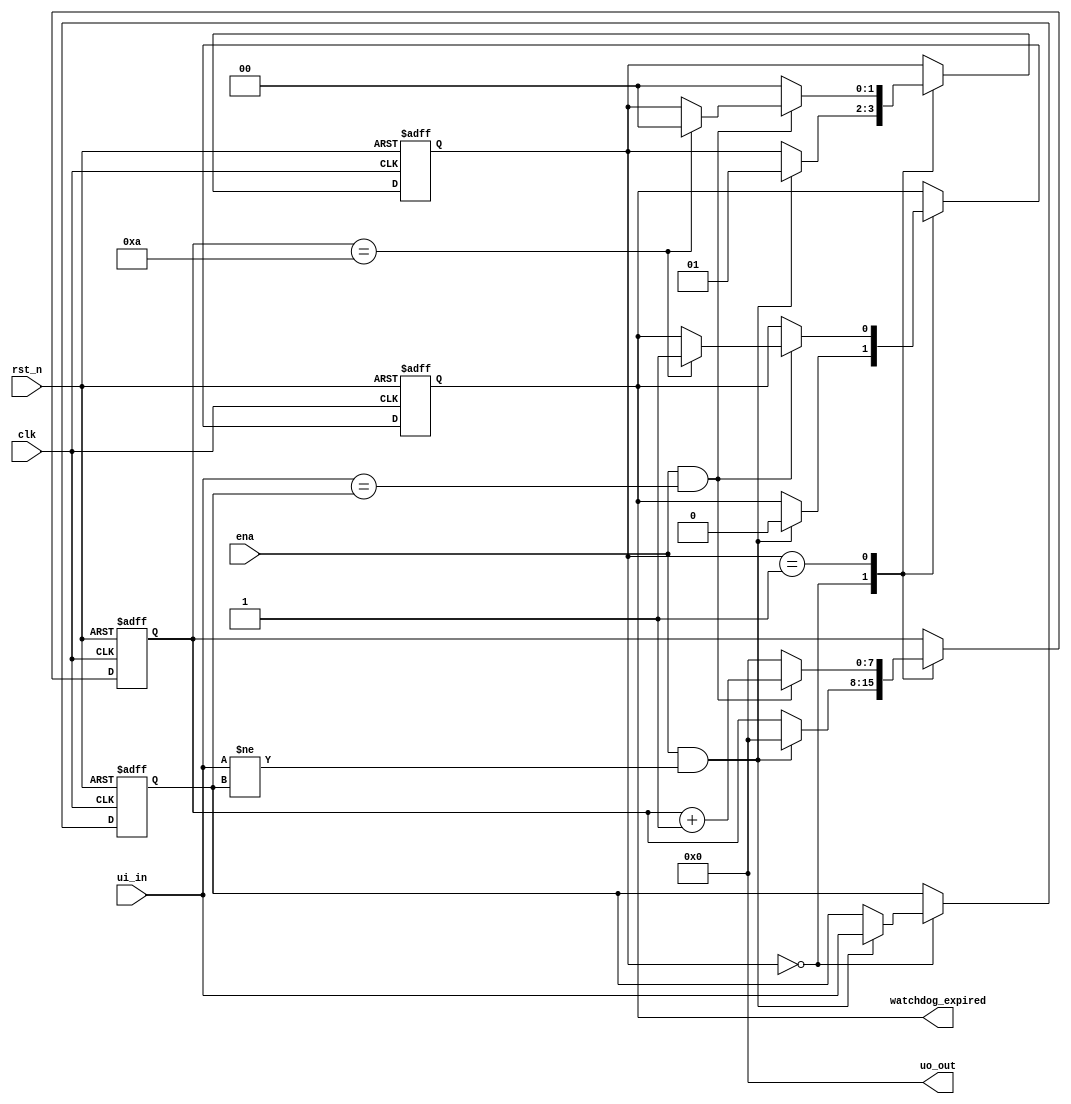
module watchdog (
    input wire clk,          // Clock input
    input wire rst_n,        // Reset input
    input wire [7:0] ui_in,  // Dedicated inputs
    output wire [7:0] uo_out,// Dedicated outputs
    //input wire [7:0] uio_in, // IOs: Input path
    //output wire [7:0] uio_out,// IOs: Output path
    //output wire [7:0] uio_oe,// IOs: Enable path (active high: 0=input, 1=output)
    input wire ena,          // Design enable signal
    output wire watchdog_expired // Watchdog expiration signal
);

// Parameters
parameter TIMEOUT_VALUE = 10; // Timeout value (in clock cycles)

// Internal signals
reg [7:0] ui_in_reg;
reg [7:0] counter;
reg [1:0] state;

// Watchdog states
parameter IDLE = 2'b00;
parameter ACTIVE = 2'b01;

// Watchdog expiration flag
reg expired;

// Watchdog expiration detection logic
always @(posedge clk or negedge rst_n) begin
    if (!rst_n) begin
        counter <= 0;
        state <= IDLE;
        expired <= 0;
        ui_in_reg<=0;
    end else begin
        case (state)
            IDLE: begin
                if (ena && ui_in != ui_in_reg) begin
                    state <= ACTIVE;
                    expired <= 0;
                    counter <= 0;
                    ui_in_reg <= ui_in;
                end
            end
            ACTIVE: begin
                if (ena && ui_in == ui_in_reg) begin
                    counter <= counter + 1;
                    if (counter == TIMEOUT_VALUE) begin
                        expired <= 1;
                        state<=IDLE;
                    end
                end else begin
                    counter <= 0;
                    state <= IDLE;
                end
            end
        endcase
    end
end

// Output expiration signal when expired
assign watchdog_expired = expired;

// Dedicated outputs
assign uo_out = 8'h00; // No output for this example

endmodule